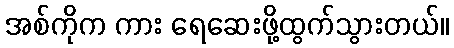
အစ်ကိုက ကား ရေဆေးဖို့ထွက်သွားတယ်။